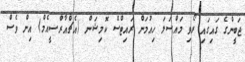
ޖަބީންގެ ގައިގައި ރޯވި މައްސަލަ ހިއުމަން ރައިޓްސް ކޮމިޝަން (އެޗްއާރްސީއެމް) އިން ވެސް